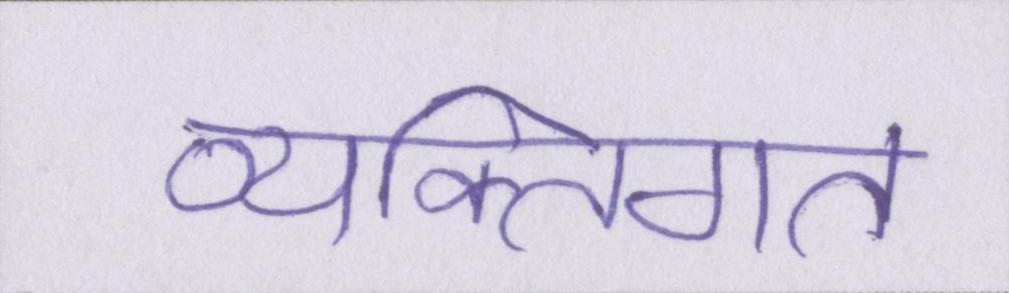
व्यक्तिगत